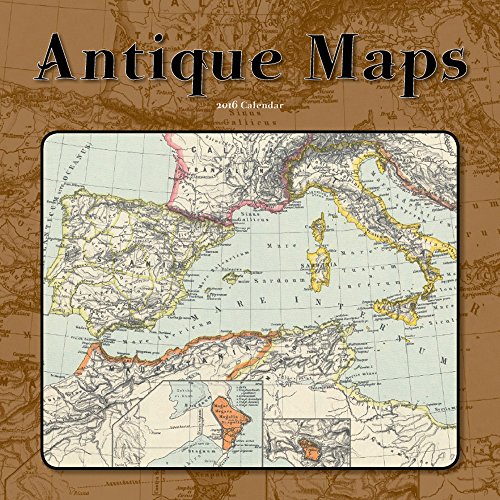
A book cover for Antique Maps (CL53345); Catch Publishing; Calendars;